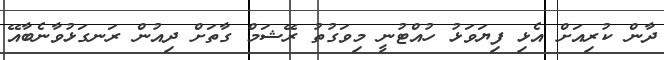
ދާން ކުރިއަށް އެޅި ފިޔަވަޅު ހުއްޓުނީ މިވަގުތު ރޭޝަމް ގާތަށް ދިއުން ރަނގަޅުވާނެބާއޭ